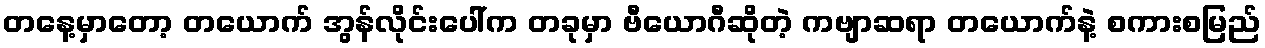
တနေ့မှာတော့ တယောက် အွန်လိုင်းပေါ်က တခုမှာ ဗီယောဂီဆိုတဲ့ ကဗျာဆရာ တယောက်နဲ့ စကားစမြည်